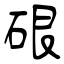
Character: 硍